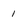
Character: 1